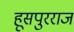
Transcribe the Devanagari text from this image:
हूसपुरराज